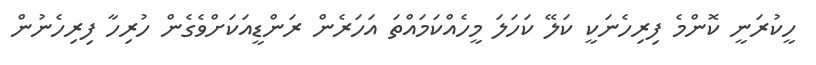
ހީކުރަނީ ކޮންމެ ފިރިހެނަކީ ކަލޭ ކަހަލަ މީހެއްކަމައްތަ އަހަރެން ރަންޑީއަކަށްވެގެން ހުރިހާ ފިރިހެނުން